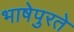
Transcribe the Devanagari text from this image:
भाषेपुरते